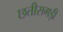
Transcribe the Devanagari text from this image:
छतीसगड़ी